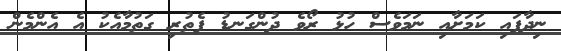
ނިދާފައި ކަމަށާއި ނަމަވެސް ހުޅު ރޯވެ ދުންގަނޑު ފެތުރި ގަތުމާއެކު އެ އެންމެން